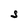
Character: S